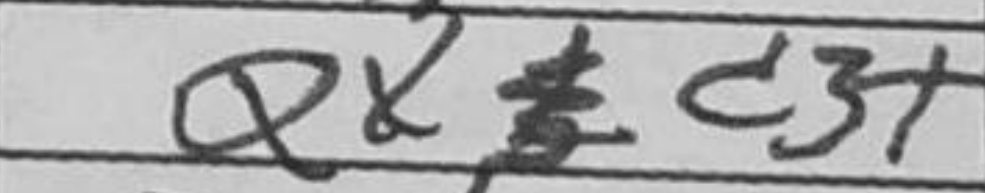
Transcription: Qxc3+